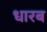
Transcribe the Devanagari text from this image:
धारब